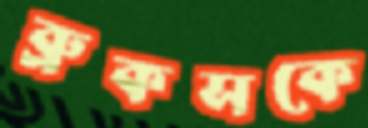
ব্রুকসকে